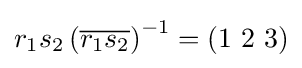
r_{1}s_{2}\left({\overline {r_{1}s_{2}}}\right)^{-1}=(1\ 2\ 3)